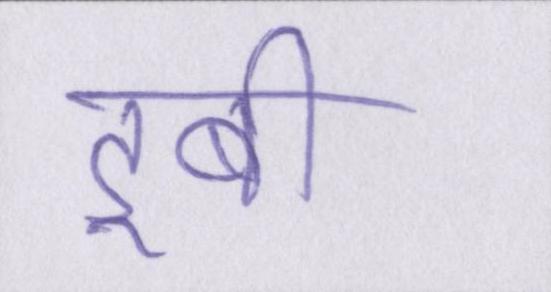
डूबी